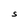
Character: S